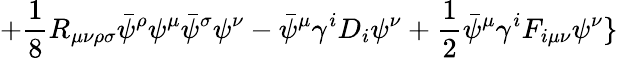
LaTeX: +\frac{1}{8}R_{\mu\nu\rho\sigma}\bar{\psi}^{\rho}\psi^{\mu}\bar{\psi}^{\sigma}\psi^{\nu}-\bar{\psi}^{\mu}\gamma^{i}D_{i}\psi^{\nu}+\frac{1}{2}\bar{\psi}^{\mu}\gamma^{i}F_{i\mu\nu}\psi^{\nu}\}